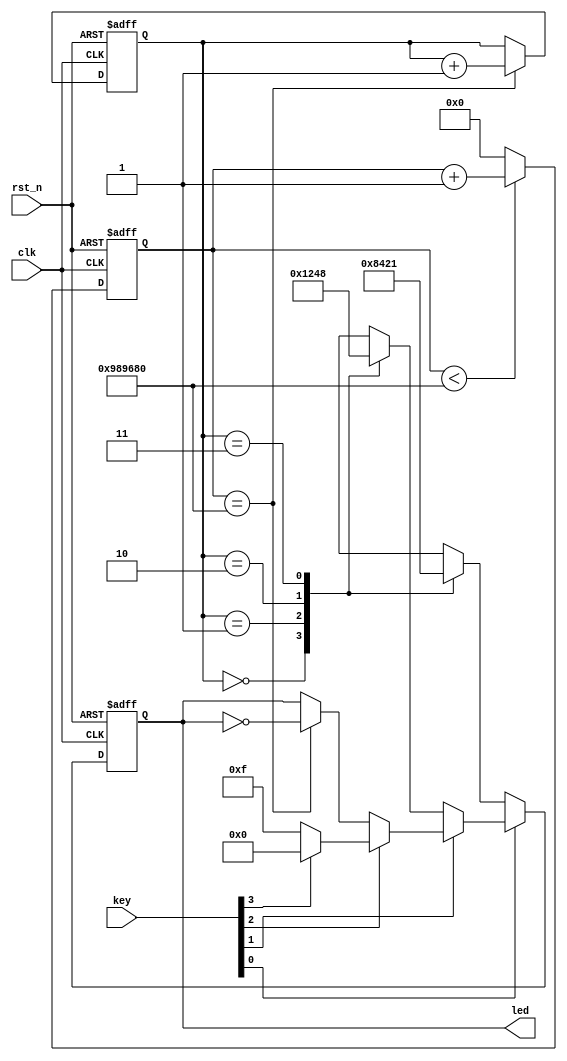
module key_led(
	input					clk,		//
	input					rst_n,	//
	
	input	 [3:0]		key,		//
	output reg [3:0]	led		//led
);

//reg define
reg [23:0] cnt;				//
reg [1:0]  led_ctrl;			//led

//0.2s
always @ (posedge clk or negedge rst_n) begin
	if(!rst_n) 
		cnt <= 24'd0;
	else
		if(cnt < 24'd1000_0000)
			cnt <= cnt + 1'd1;
		else
			cnt <= 24'd0;
end

//0.2s
always @ (posedge clk or negedge rst_n) begin
	if(!rst_n) 
		led_ctrl <= 2'd0;
	else
		if(cnt == 24'd1000_0000)
			led_ctrl <= led_ctrl + 1'b1;
		else
			led_ctrl <= led_ctrl;
end

//led
always @ (posedge clk or negedge rst_n) begin
	if(!rst_n) 
		led <= 4'b0000;
	else
		if(key[0] == 1'b0)					//
			case(led_ctrl)
				2'd0:		led <= 4'b1000;
				2'd1:		led <= 4'b0100;
				2'd2:		led <= 4'b0010;
				2'd3:		led <= 4'b0001;
			endcase
			
		else if(key[1] == 1'b0)				//
			case(led_ctrl)
				2'd0:		led <= 4'b0001;
				2'd1:		led <= 4'b0010;
				2'd2:		led <= 4'b0100;
				2'd3:		led <= 4'b1000;
			endcase
			
		else if(key[2] == 1'b0)begin
		
		/* 0.2s
			case(led_ctrl)
				2'd0:		led <= 4'b1111;
				2'd1:		led <= 4'b0000;
				2'd2:		led <= 4'b1111;
				2'd3:		led <= 4'b0000;
			endcase
		*/
			if(cnt == 24'd1000_0000)		//
				led = ~led;
		end	
		
		else if(key[3] == 1'b0)
			led <= 4'b1111;
			
		else
			led <= 4'b0000;
end

endmodule